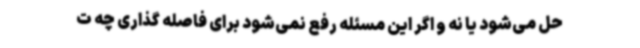
حل می‌شود یا نه و اگر این مسئله رفع نمی‌شود برای فاصله گذاری چه ت